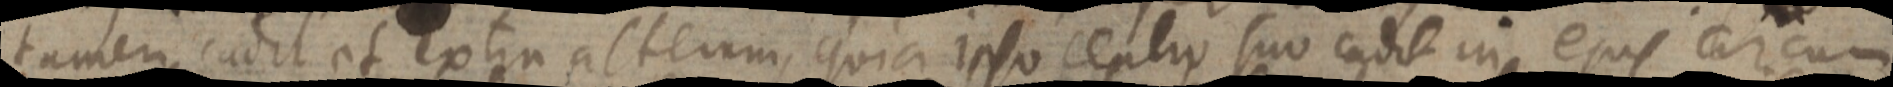
tamen cadit et extra alterum, quia ipso centro suo cadit in ejus circum